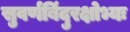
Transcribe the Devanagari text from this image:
सुवर्णबिंदुरक्षोभ्यः